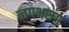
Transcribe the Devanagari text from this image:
लगभसग